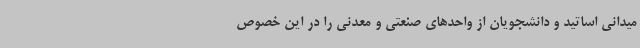
میدانی اساتید و دانشجویان از واحدهای صنعتی و معدنی را در این خصوص